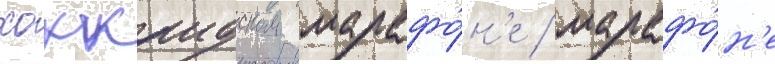
хоккаидском марафо́н'е / марафо́н'е